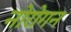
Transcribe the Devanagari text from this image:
नोरोगन